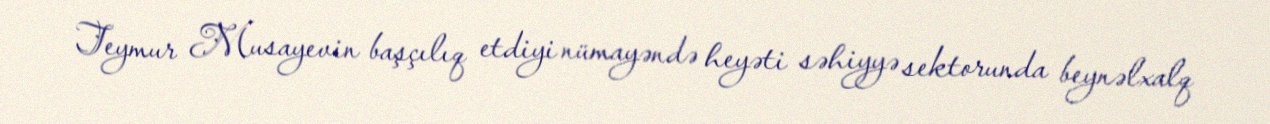
Teymur Musayevin başçılıq etdiyi nümayəndə heyəti səhiyyə sektorunda beynəlxalq